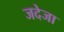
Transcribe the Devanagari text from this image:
जदेजा